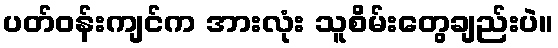
ပတ်ဝန်းကျင်က အားလုံး သူစိမ်းတွေချည်းပဲ။